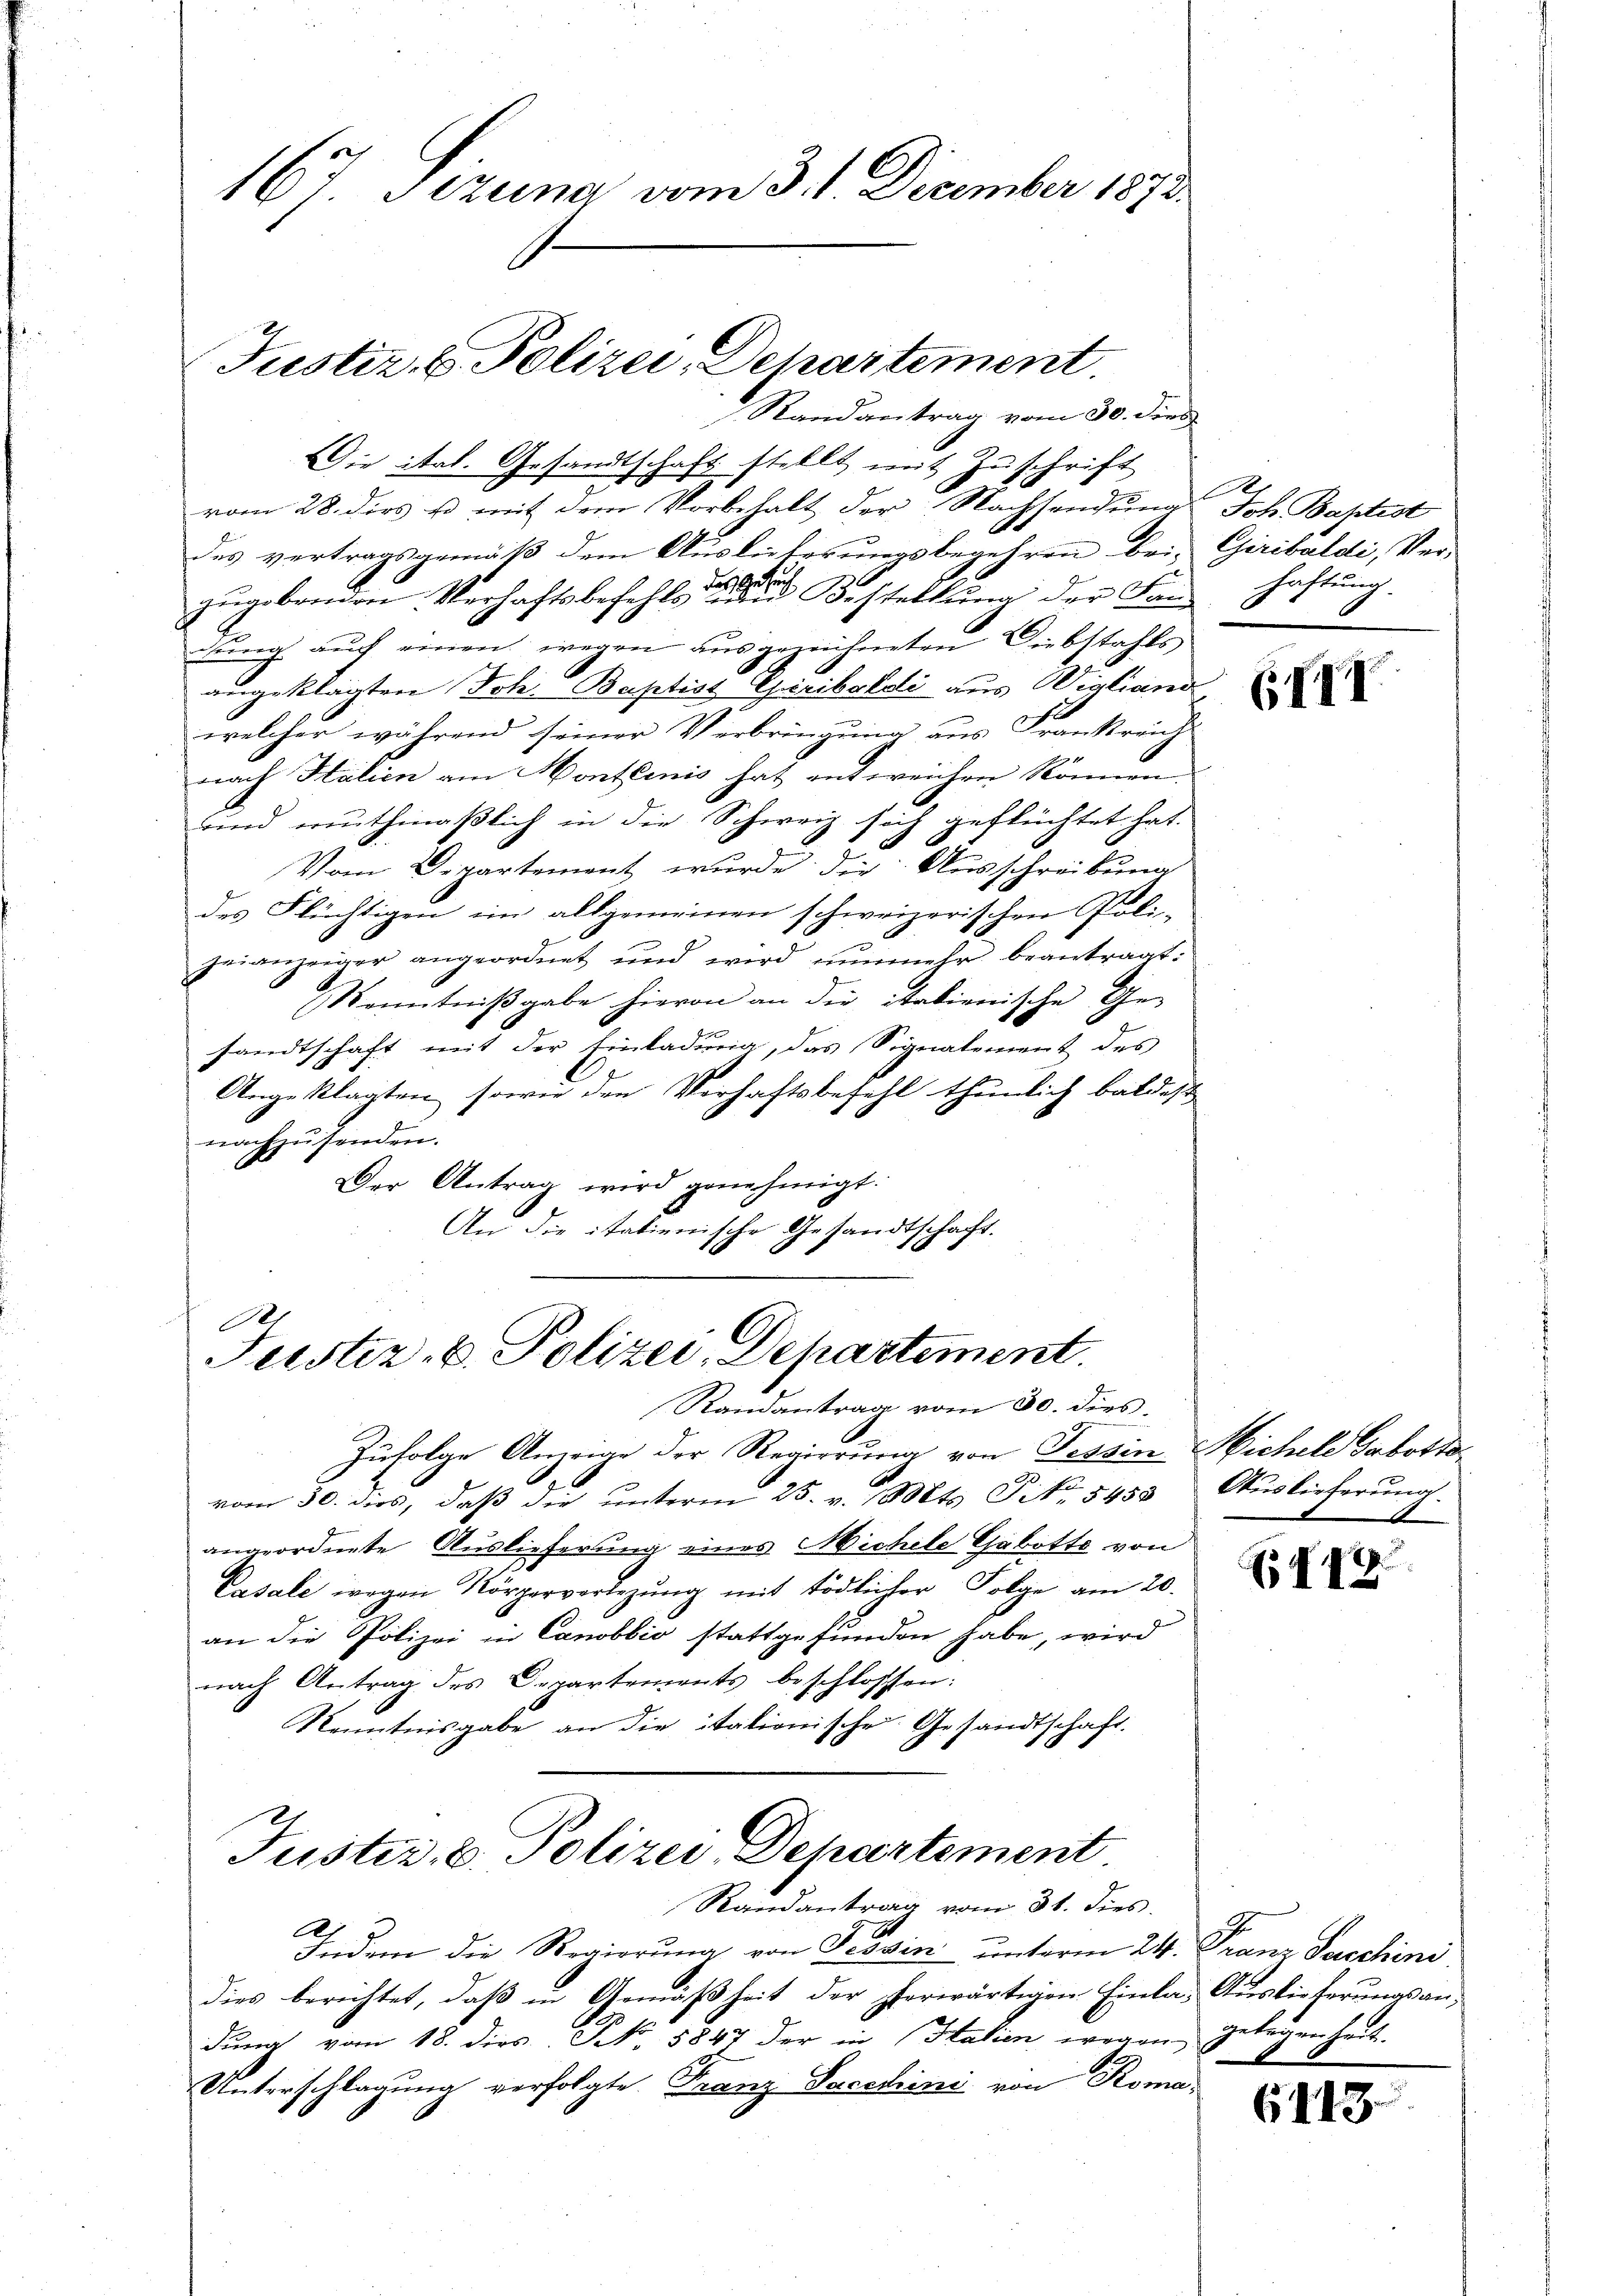
167. Jezung vom 3. 1. December 1872

Die ital. Gesandtschaft stellt mit Zuschrift
vom 28. dies u. mit dem Vorbehalt der Nachsendung Joh. Baptist

des vertragsgemäß dem Auslieferungsbegehren bei-
zugebenden Verhaftsbefehls eine Bestellŭng der Fanhaftung.
dung auch einen wegen ausgezeichneten Diebstahls
angeklagten Joh. Baptist Gribalsli aus Wigliano
welcher während seiner Verbringung aus Frankreich
nach Halien am Monthenis hat entweichen können.
und muthmaßlich in die Schweiz sich geflüchtet hat.
Vom Departement wurde die Ausschreibung
des Flüchtigen im allgemeinen schweizerischen Poli-
zeianzeiger angeordnet und wird nŭnmehr beantragt:
Kenntniβgabe hievon an die italienische Ge-
sandtschaft mit der Einladung, das Signalement des
Angeklagten, sowie den Verhaftsbefehl thunlich baldest
nachzusenden.
Der Antrag wird genehmigt.
An die italienische Gesandtschaft.
1x

Justiz & Polizei, Dehartement.
Randantrag vom 30. Dien

R
Fustiz- & Polizei, Departement.
Randantrag vom 30. dies

Zufolge Anzeige der Regierung von Tessin Sichele Gabostovom 30. dies, daβ die ŭnterm 25. v. Mts. Tit. 5458 Aŭslieferŭng.
angeordnete Auslieferung eines Michele Gabotte von
Vasale wegen Körperverlegŭng mit tödlicher Folge am 20.
an die Polizei in Canobbio stattgefunden habe, wird
nach Antrag des Departements beschlossen:
Kenntnisgabe an die italionische Gesandtschaft.
Justiz, u. Polizei Departement.
Randantrag vom 31. dies
Indem die Regierung von Tessin unterm 24. Franz Jechini
dies berichtet, daβ in Gemäßheit der herwärtigen Einla- Auslieferungsandung vom 18. dies N. 5847 der in Haken wegen Gelegenheit.
Unterschlagung verfolgte Franz Sacchini von Roma-

Giribaldi, Ver¬

(

Es  17

6113